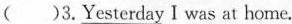
( )3.\underline{Yesterday} I was at home.